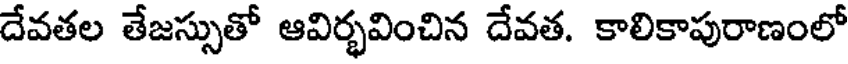
దేవతల తేజస్సుతో ఆవిర్భవించిన దేవత. కాలికాపురాణంలో